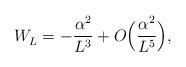
LaTeX: \begin{align*}W^{}_L = -\frac{\alpha^2}{L^3} + O\Big( \frac{\alpha^2}{L^5}\Big),\end{align*}